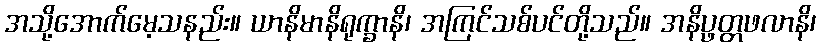
အသို့အောက်မေ့သနည်း။ ယာနိမာနိရုက္ခာနိ၊ အကြင်သစ်ပင်တို့သည်။ အနိပ္ဖတ္တဖလာနိ၊